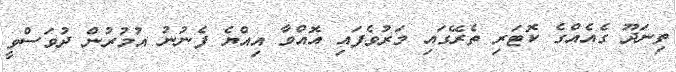
ތިނަދޫ ގެއެއްގެ ކޮޓަރި ތެރޭގައި މަރުވެފައި އޮއްވާ އިއްޔެ ފެނުނު އުމުރުން ދުވަސްވީ